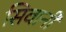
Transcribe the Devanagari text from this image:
सिवानी